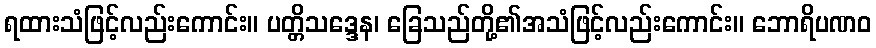
ရထားသံဖြင့်လည်းကောင်း။ ပတ္တိသဒ္ဒေန၊ ခြေသည်တို့၏အသံဖြင့်လည်းကောင်း။ ဘောရိပဏဝ